Reports on dispensaries and lunatic asylums in the Province of Oudh - 1869-1876
Year: 1869
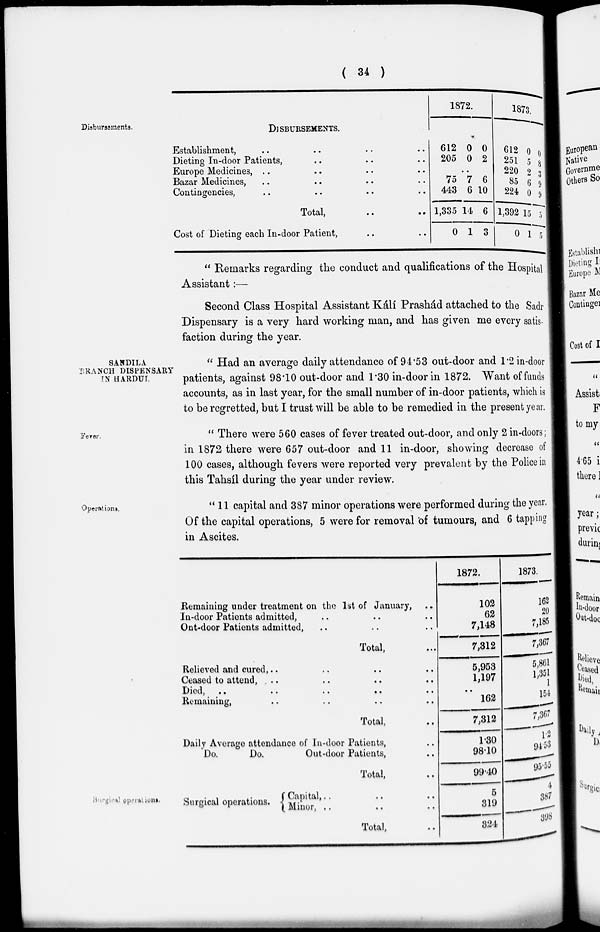
( 34 )
Disbursements.
DISBURSEMENTS.
Establishment, .. .. .. ..
Dieting In-door Patients, .. .. ..
Europe Medicines, .. .. .. ..
Bazar Medicines, .. .. .. ..
Contingencies, .. .. .. ..
Total, .. ..
Cost of Dieting each In-door Patient, .. ..
1872.
612
205
0
0
0
2
..
75
443
1,335
0
7
6
14
1
6
10
6
3
1873.
612
251
220
85
224
1,392
0
0
5
2
6
0
15
1
0
8
3
9
9
5
5
" Remarks regarding the conduct and qualifications of the Hospital
Assistant:—
Second Class Hospital Assistant Kálí Prashád attached to the Sadr
Dispensary is a very hard working man, and has given me every satis-
faction during the year.
SANDILA
BRANCH DISPENSARY
IN HARDUI.
"Had an average daily attendance of 94.53 out-door and 1.2 in-door
patients, against 98.10 out-door and 1.30 in-door in 1872. Want of funds
accounts, as in last year, for the small number of in-door patients, which is
to be regretted, but I trust will be able to be remedied in the present year.
'Fever.
" There were 560 cases of fever treated out-door, and only 2 in-doors;
in 1872 there were 657 out-door and 11 in-door, showing decrease of
100 cases, although fevers were reported very prevalent by the Police in
this Tahsíl during the year under review.
Operations.
"11 capital and 387 minor operations were performed during the year,
Of the capital operations, 5 were for removal of tumours, and 6 tapping
in Ascites.
Remaining under treatment on the 1st of January, ..
In-door Patients admitted, .. .. ..
Out-door Patients admitted, .. .. ..
Total, ...
Relieved and cured, .. .. .. ..
Ceased to attend, .. .. .. ..
Died, .. .. .. .. .. ..
Remaining, .. .. .. ..
Total, ..
Daily Average attendance of In-door Patients, ..
Do.
Do,
Out-door Patients, ..
Total, ..
1872.
102
62
7,148
7,312
5,953
1,197
..
162
7,312
1.30
98.10
99.40
1873.
162
20
7,185
7,367
5,861
1,351
1
154
7,367
1.2
94.53
95.55
Surgical operations.
Surgical operations.
Capital, .. .. ..
Minor, .. .. ..
Total, ..
5
319
324
4
387
398